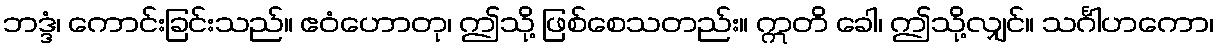
ဘဒ္ဒံ၊ ကောင်းခြင်းသည်။ ဧဝံဟောတု၊ ဤသို့ ဖြစ်စေသတည်း။ ဣတိ ခေါ၊ ဤသို့လျှင်။ သင်္ဂါဟကော၊